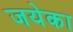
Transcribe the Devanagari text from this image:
जयेका